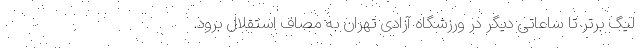
لیگ برتر تا ساعاتی دیگر در ورزشگاه آزادی تهران به مصاف استقلال برود.